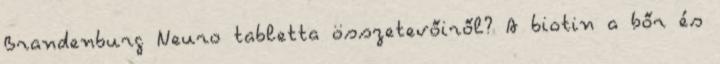
Brandenburg Neuro tabletta összetevőiről? A biotin a bőr és